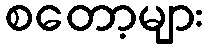
စတော့များ